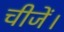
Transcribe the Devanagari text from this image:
चीजें।